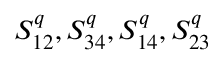
S _ { 1 2 } ^ { q } , S _ { 3 4 } ^ { q } , S _ { 1 4 } ^ { q } , S _ { 2 3 } ^ { q }